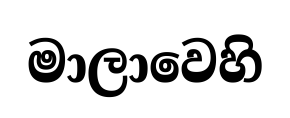
මාලාවෙහි